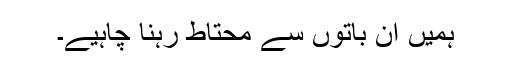
ہمیں ان باتوں سے محتاط رہنا چاہیے۔